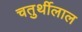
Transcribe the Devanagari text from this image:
चतुर्थीलाल